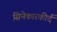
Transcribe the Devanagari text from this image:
सिनेकारकीर्द